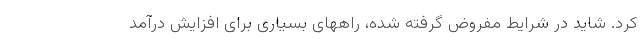
کرد. شاید در شرایط مفروض گرفته شده، راههای بسیاری برای افزایش درآمد